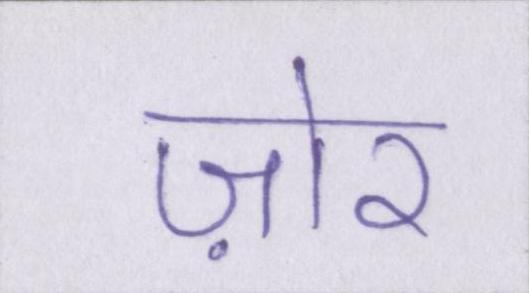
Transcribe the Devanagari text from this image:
ज़ोर